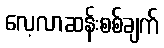
လေ့လာဆန်းစစ်ချက်